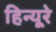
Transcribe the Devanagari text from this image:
हिन्यूरे